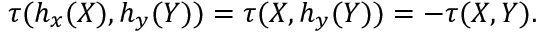
\tau ( h _ { x } ( X ) , h _ { y } ( Y ) ) = \tau ( X , h _ { y } ( Y ) ) = - \tau ( X , Y ) .